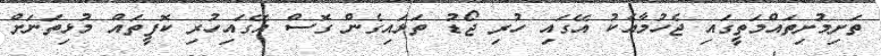
ތަށިމުށިތައްމަތީގައި ޖެހުމާއެކު އޭގައި ހުރި ޖޯޑު ތަޅައިގެން ގޮސް އޭގައިހުރި ކޮފީތައް މުޅިތަނަށް